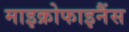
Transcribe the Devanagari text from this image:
माइक्रोफाइनैंस